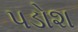
પડોશ